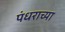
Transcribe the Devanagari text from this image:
पंधराच्या